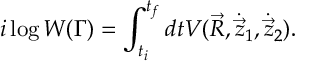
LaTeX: i \log W ( \Gamma ) = \int _ { t _ { i } } ^ { t _ { f } } d t V ( \vec { R } , { \dot { \vec { z } } } _ { 1 } , { \dot { \vec { z } } } _ { 2 } ) .